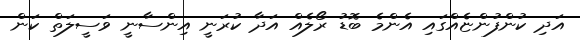
އަދި ކުންފުންޏެއްގައި އެންމެ ބޮޑު ރޯލެއް އަދާ ކުރަނީ އިންސާނީ ވަސީލަތް ކަން